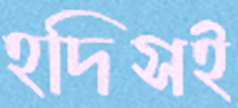
হদিসই